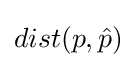
dist(p,{\hat {p}})